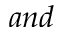
a n d